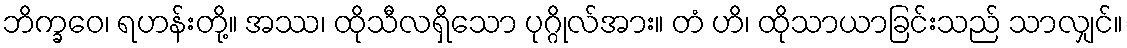
ဘိက္ခဝေ၊ ရဟန်းတို့။ အဿ၊ ထိုသီလရှိသော ပုဂ္ဂိုလ်အား။ တံ ဟိ၊ ထိုသာယာခြင်းသည် သာလျှင်။